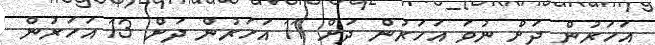
އަހަރުން ދަށް ނުވަ އަހަރުން ދަށް 11 އަހަރުން ދަށް 13 އަހަރުން